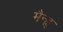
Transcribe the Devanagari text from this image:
मैन्ह्न्